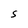
Character: S